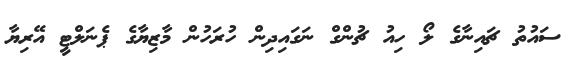
ސައުތު ޗައިނާގެ ލޯ ހިއު ޗުންގް ނަގައިދިން ހުރަހުން މާޒިޔާގެ ޕެނަލްޓީ އޭރިޔާ